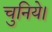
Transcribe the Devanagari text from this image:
चुनिये।